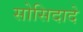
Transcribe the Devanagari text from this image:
सोसिदादे